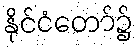
နိုင်ငံတော်၌